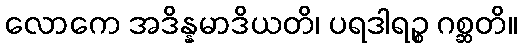
လောကေ အဒိန္နမာဒိယတိ၊ ပရဒါရဉ္စ ဂစ္ဆတိ။